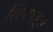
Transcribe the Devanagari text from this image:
शिप्पत्सु।